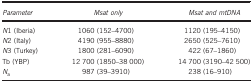
<table><thead><tr><td><b><i>Parameter</i></b></td><td><b><i>Msat only</i></b></td><td><b><i>Msat and mtDNA</i></b></td></tr></thead><tbody><tr><td><i>N</i>1 (Iberia)</td><td>1060 (152–4700)</td><td>1120 (195–4150)</td></tr><tr><td><i>N</i>2 (Italy)</td><td>4190 (955–8880)</td><td>2650 (525–7610)</td></tr><tr><td><i>N</i>3 (Turkey)</td><td>1800 (281–6090)</td><td>422 (67–1860)</td></tr><tr><td>Tb (YBP)</td><td>12 700 (1850–38 000)</td><td>14 700 (3190–42 500)</td></tr><tr><td><i>N</i><sub>a</sub></td><td>987 (39–3910)</td><td>238 (16–910)</td></tr></tbody></table>